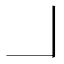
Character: ㇘